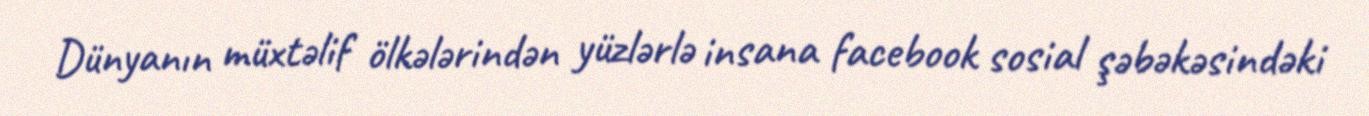
Dünyanın müxtəlif ölkələrindən yüzlərlə insana facebook sosial şəbəkəsindəki